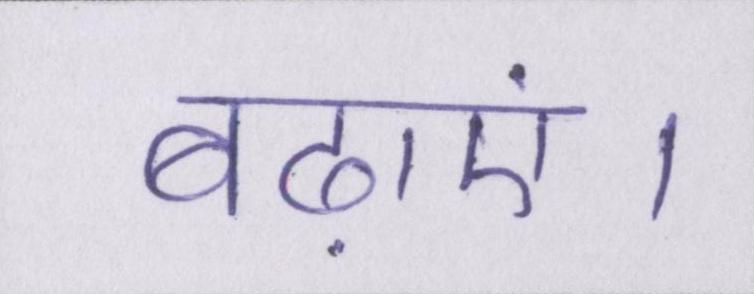
बढ़ाएं।